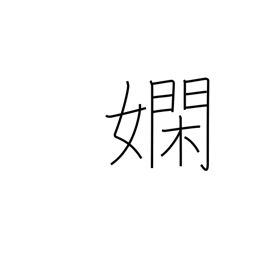
Meaning: skillful